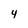
Character: 4